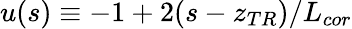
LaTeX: u(s)\equiv-1+2(s-z_{TR})/L_{cor}